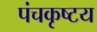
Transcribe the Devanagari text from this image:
पंचकृष्टय